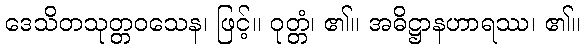
ဒေသိတသုတ္တဝသေန၊ ဖြင့်။ ဝုတ္တံ၊ ၏။ အဓိဋ္ဌာနဟာရဿ၊ ၏။